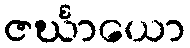
ဇင်္ဃာယော